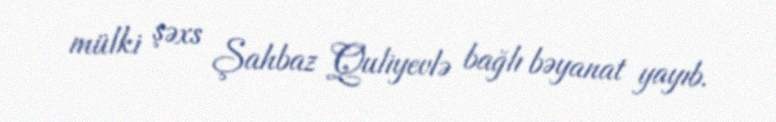
mülki şəxs Şahbaz Quliyevlə bağlı bəyanat yayıb.